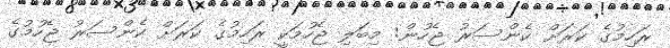
ރަހިމުގެ ކަރަށް ކެންސަރު ޖެހުން: މިބަލި ޖެހުމަކީ ރަހިމުގެ ކަރަށް ކެންސަރު ޖެހުމުގެ